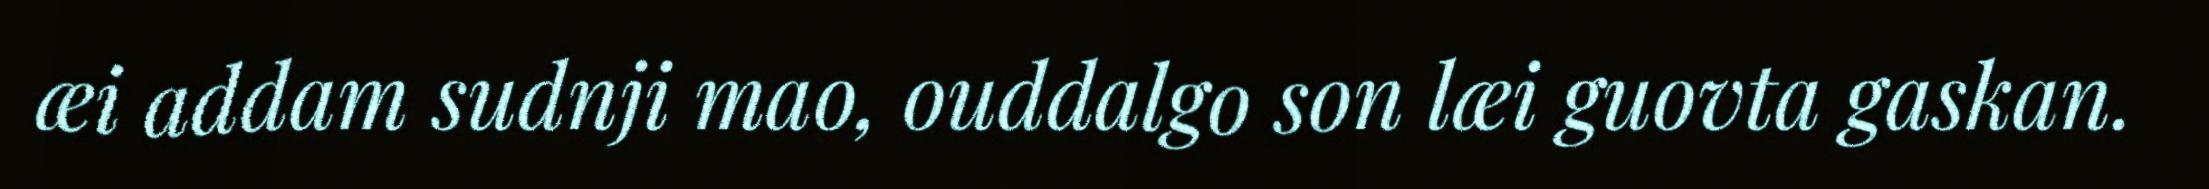
æi addam sudnji mao, ouddalgo son læi guovta gaskan.